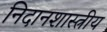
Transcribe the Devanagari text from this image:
निदानशास्त्रीय